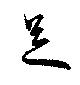
足